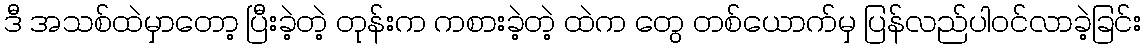
ဒီ အသစ်ထဲမှာတော့ ပြီးခဲ့တဲ့ တုန်းက ကစားခဲ့တဲ့ ထဲက တွေ တစ်ယောက်မှ ပြန်လည်ပါဝင်လာခဲ့ခြင်း